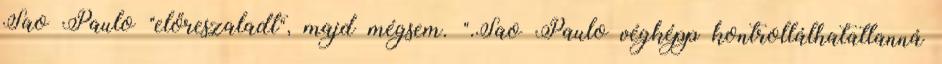
Sao Paulo "előreszaladt", majd mégsem. ".Sao Paulo végképp kontrollálhatatlanná